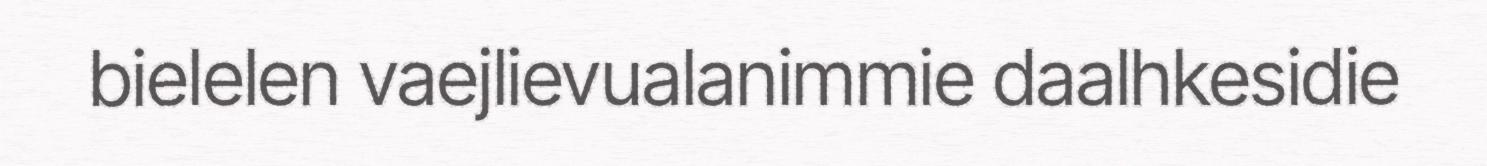
bielelen vaejlievualanimmie daalhkesidie